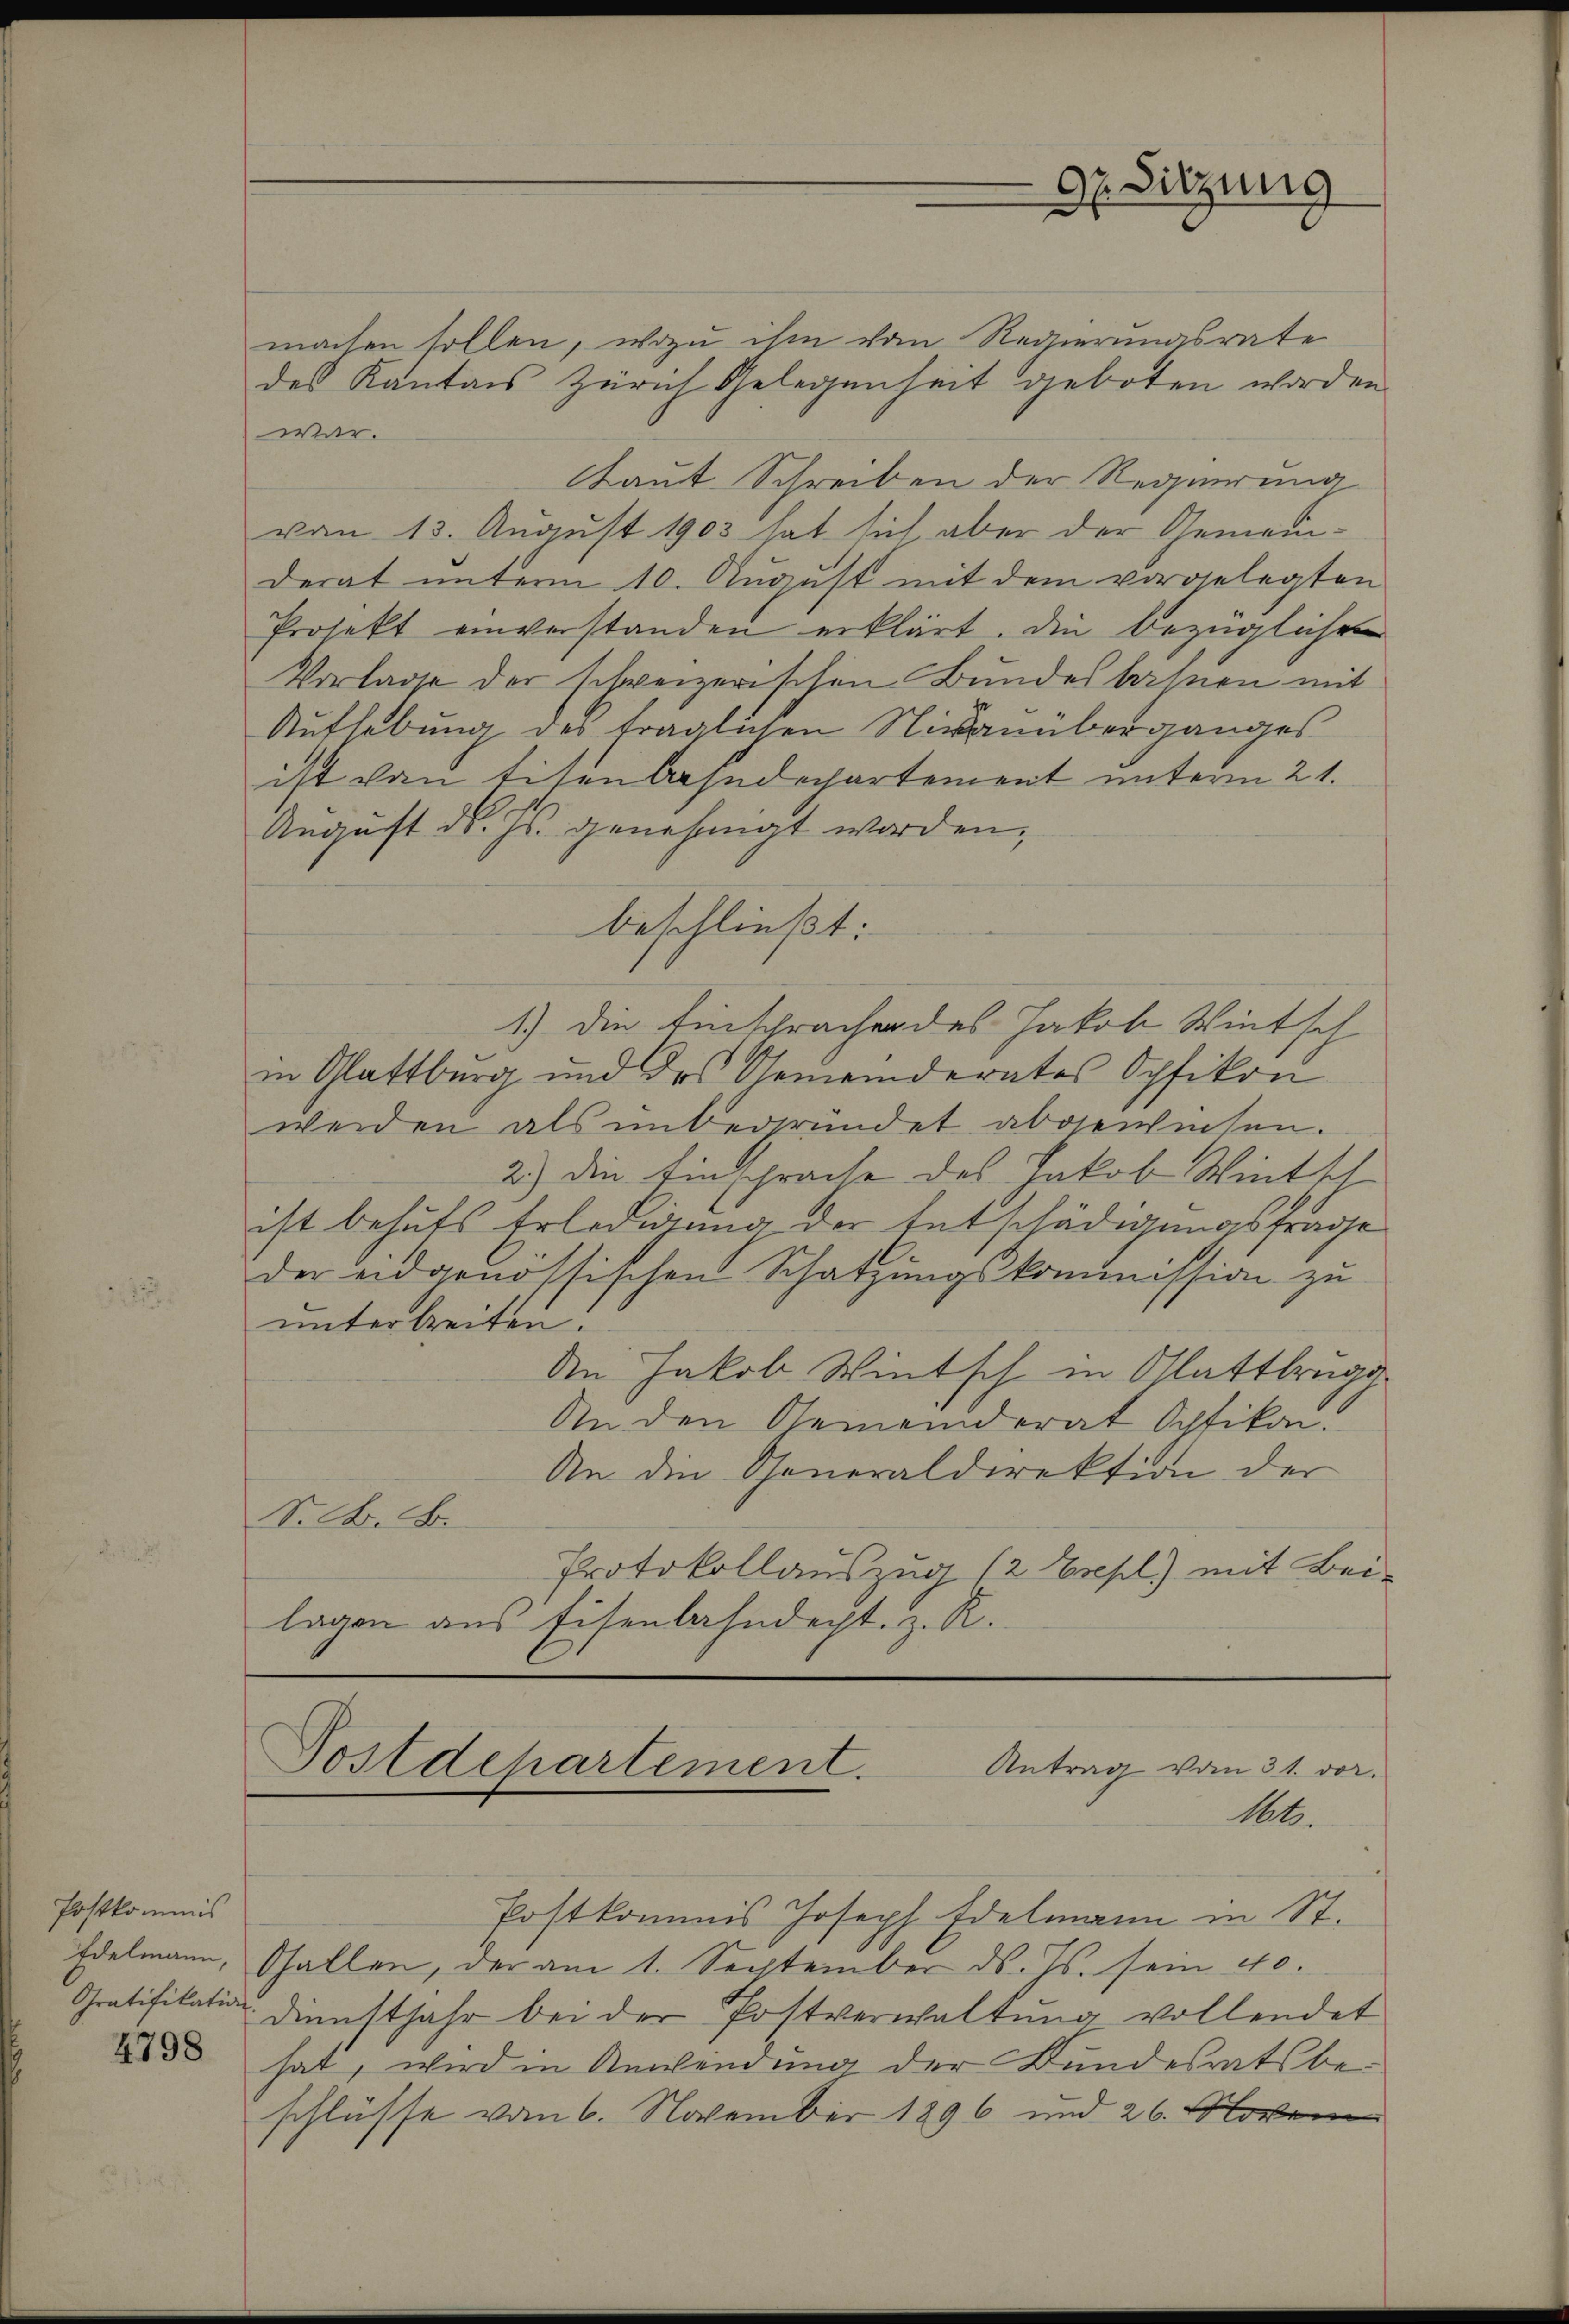
Postkommis
4798

machen sollen, wozu ihm vom Regierungsrate
des Kantons Zürich Gelegenheit geboten worden
war.
Laut Schreiben der Regierung
vom 13. August 1903 hat sich aber der Gemeinderat unterm 10. August mit dem vorgelegten
Projekt einverstanden erklärt. Die bezüglichen
Vorlage der schweizerischen Bundesbahnen mit
Aufhebung des fraglichen Nivanüberganges
ist von Eisenbahndechartement unterm 21.
August d. Js. genehmigt worden,
beschließt:
1.) Die Einspracher des Jakob Wintsch
in Glattburg und des Gemeinderates Opfikon
werden als unbegründet abgewiesen.
2.) Die Einsprache des Jakob Wintsch
ist behufs Erledigung der Entschädigungsfrage
der eidgenössischen Schatzungskommission zu
unterbreiten.
An Jakob Wintsch in Glattbrugg
An den Gemeinderat Ochtikon.
An die Generaldirektion der
S. A. B.
Protokollauszug (2 Esepl) mit Bei-
lagen aus Eisenbahndacht, z. R.

G Sitzung

Postdepartement.
Antrag vom 31. vor.

Net.
Postkommis Joseph Edelmann in St.
Edelmann, Gallen, der am 1. September ds. T. sein 40.
Gratifikation dienstjahr bei der Postverwaltung vollendet
hat, wird in Anwendung der Bundesratsbeschlüsse vom 6. November 1896 und 26. Novem